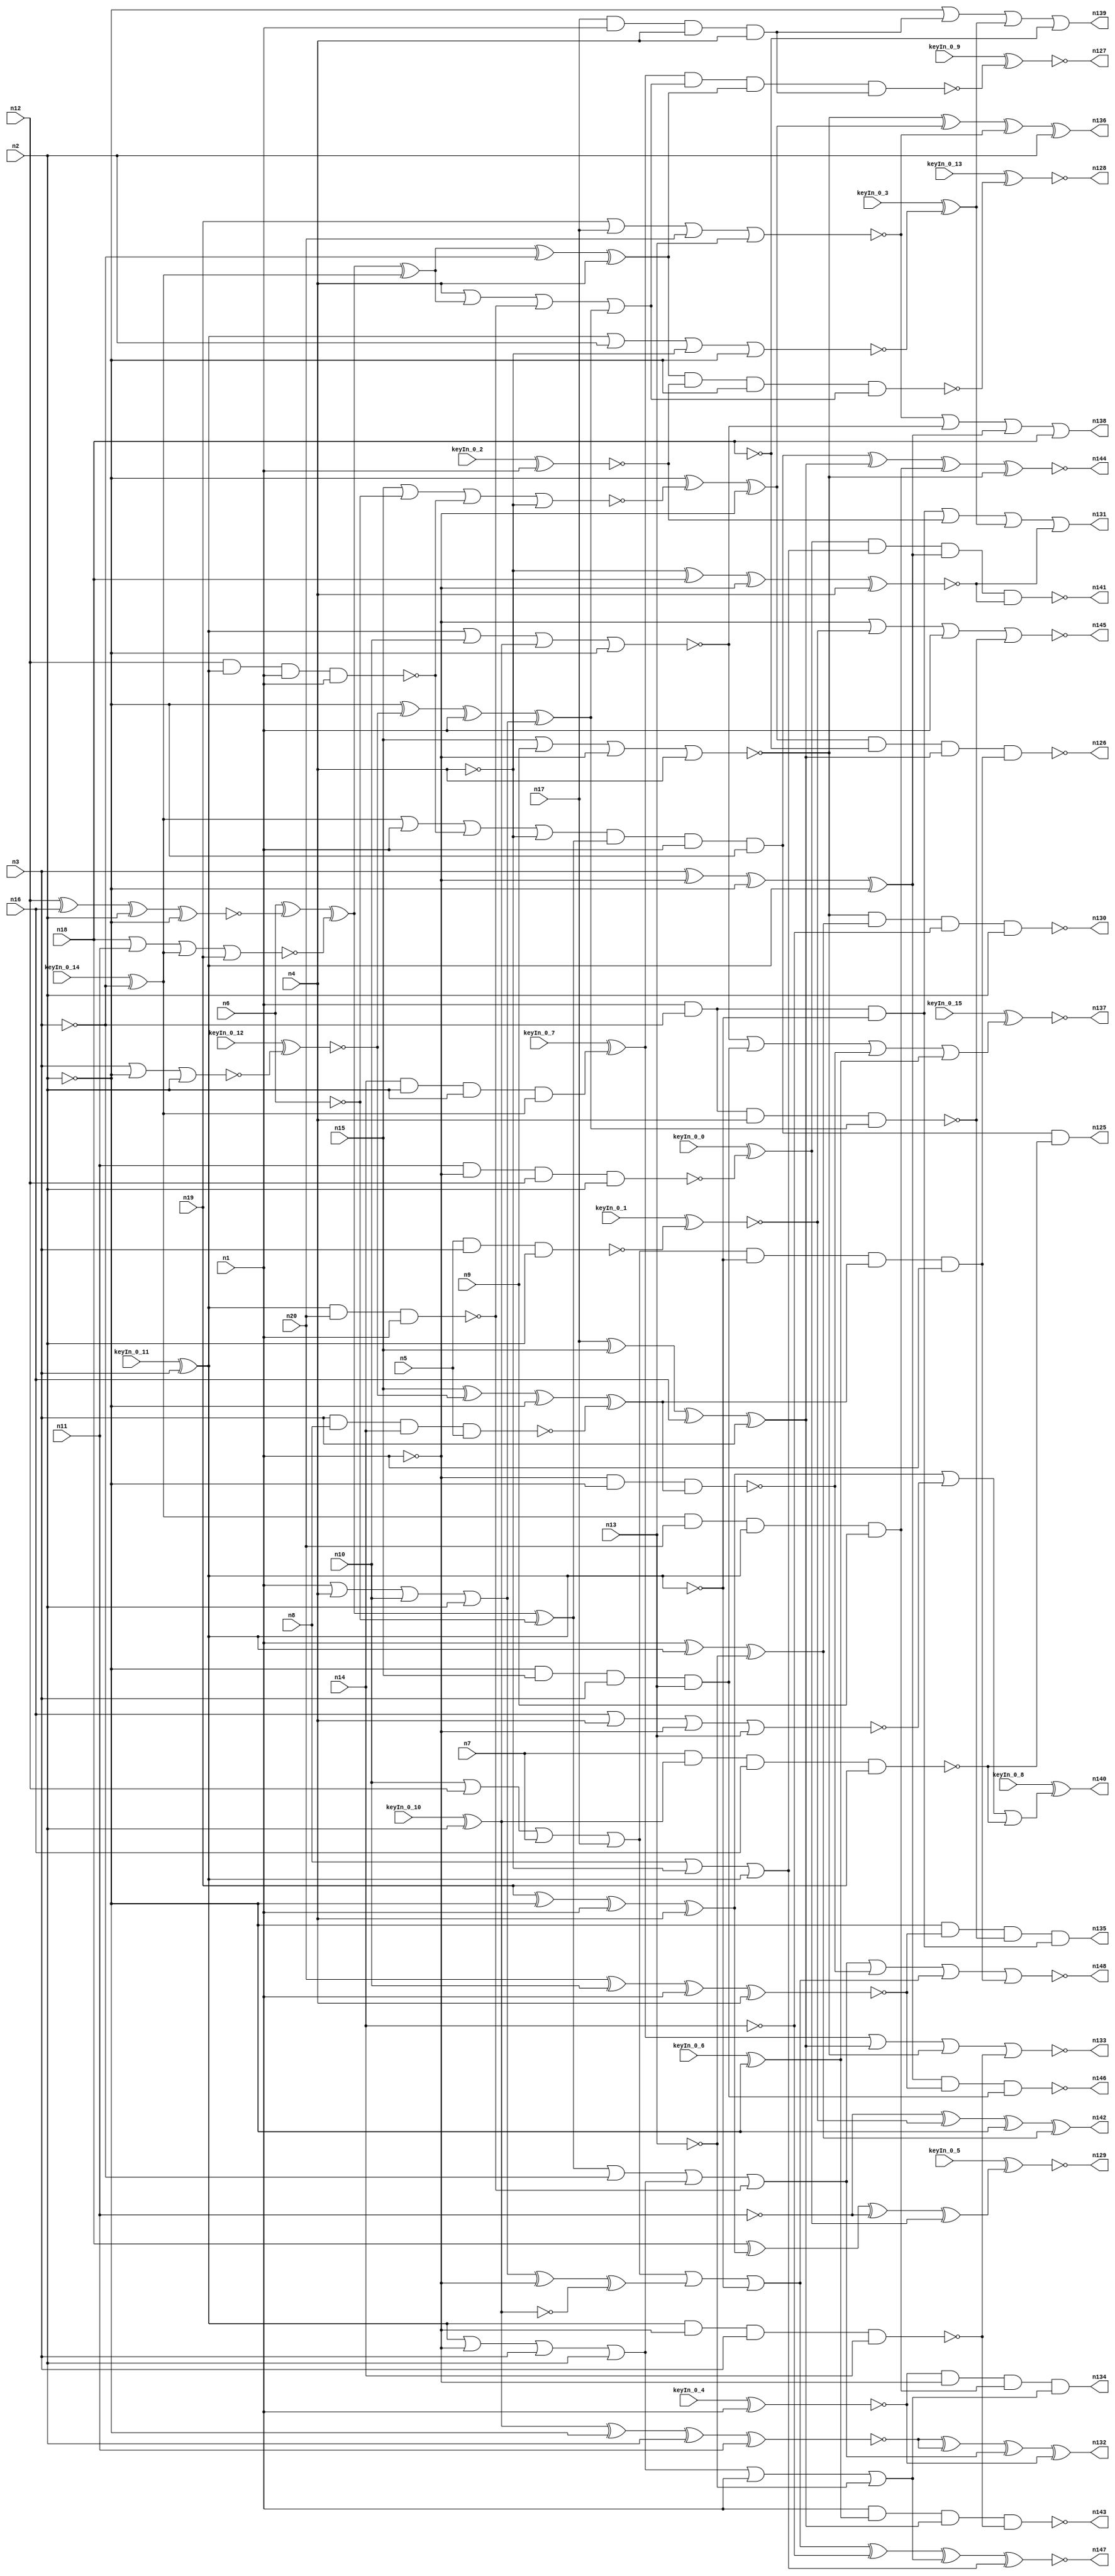


module Stat_128_636
(
  n1,
  n2,
  n3,
  n4,
  n5,
  n6,
  n7,
  n8,
  n9,
  n10,
  n11,
  n12,
  n13,
  n14,
  n15,
  n16,
  n17,
  n18,
  n19,
  n20,
  n144,
  n135,
  n134,
  n129,
  n126,
  n147,
  n138,
  n136,
  n139,
  n140,
  n125,
  n137,
  n146,
  n142,
  n132,
  n127,
  n130,
  n143,
  n145,
  n133,
  n141,
  n148,
  n131,
  n128,
  keyIn_0_0,
  keyIn_0_1,
  keyIn_0_2,
  keyIn_0_3,
  keyIn_0_4,
  keyIn_0_5,
  keyIn_0_6,
  keyIn_0_7,
  keyIn_0_8,
  keyIn_0_9,
  keyIn_0_10,
  keyIn_0_11,
  keyIn_0_12,
  keyIn_0_13,
  keyIn_0_14,
  keyIn_0_15
);

  input n1;
  input n2;
  input n3;
  input n4;
  input n5;
  input n6;
  input n7;
  input n8;
  input n9;
  input n10;
  input n11;
  input n12;
  input n13;
  input n14;
  input n15;
  input n16;
  input n17;
  input n18;
  input n19;
  input n20;
  input keyIn_0_0;
  input keyIn_0_1;
  input keyIn_0_2;
  input keyIn_0_3;
  input keyIn_0_4;
  input keyIn_0_5;
  input keyIn_0_6;
  input keyIn_0_7;
  input keyIn_0_8;
  input keyIn_0_9;
  input keyIn_0_10;
  input keyIn_0_11;
  input keyIn_0_12;
  input keyIn_0_13;
  input keyIn_0_14;
  input keyIn_0_15;
  output n144;
  output n135;
  output n134;
  output n129;
  output n126;
  output n147;
  output n138;
  output n136;
  output n139;
  output n140;
  output n125;
  output n137;
  output n146;
  output n142;
  output n132;
  output n127;
  output n130;
  output n143;
  output n145;
  output n133;
  output n141;
  output n148;
  output n131;
  output n128;
  wire n21;
  wire n22;
  wire n23;
  wire n24;
  wire n25;
  wire n26;
  wire n27;
  wire n28;
  wire n29;
  wire n30;
  wire n31;
  wire n32;
  wire n33;
  wire n34;
  wire n35;
  wire n36;
  wire n37;
  wire n38;
  wire n39;
  wire n40;
  wire n41;
  wire n42;
  wire n43;
  wire n44;
  wire n45;
  wire n46;
  wire n47;
  wire n48;
  wire n49;
  wire n50;
  wire n51;
  wire n52;
  wire n53;
  wire n54;
  wire n55;
  wire n56;
  wire n57;
  wire n58;
  wire n59;
  wire n60;
  wire n61;
  wire n62;
  wire n63;
  wire n64;
  wire n65;
  wire n66;
  wire n67;
  wire n68;
  wire n69;
  wire n70;
  wire n71;
  wire n72;
  wire n73;
  wire n74;
  wire n75;
  wire n76;
  wire n77;
  wire n78;
  wire n79;
  wire n80;
  wire n81;
  wire n82;
  wire n83;
  wire n84;
  wire n85;
  wire n86;
  wire n87;
  wire n88;
  wire n89;
  wire n90;
  wire n91;
  wire n92;
  wire n93;
  wire n94;
  wire n95;
  wire n96;
  wire n97;
  wire n98;
  wire n99;
  wire n100;
  wire n101;
  wire n102;
  wire n103;
  wire n104;
  wire n105;
  wire n106;
  wire n107;
  wire n108;
  wire n109;
  wire n110;
  wire n111;
  wire n112;
  wire n113;
  wire n114;
  wire n115;
  wire n116;
  wire n117;
  wire n118;
  wire n119;
  wire n120;
  wire n121;
  wire n122;
  wire n123;
  wire n124;
  wire KeyWire_0_0;
  wire KeyWire_0_1;
  wire KeyWire_0_2;
  wire KeyNOTWire_0_2;
  wire KeyWire_0_3;
  wire KeyWire_0_4;
  wire KeyNOTWire_0_4;
  wire KeyWire_0_5;
  wire KeyNOTWire_0_5;
  wire KeyWire_0_6;
  wire KeyWire_0_7;
  wire KeyWire_0_8;
  wire KeyNOTWire_0_8;
  wire KeyWire_0_9;
  wire KeyNOTWire_0_9;
  wire KeyWire_0_10;
  wire KeyWire_0_11;
  wire KeyNOTWire_0_11;
  wire KeyWire_0_12;
  wire KeyNOTWire_0_12;
  wire KeyWire_0_13;
  wire KeyWire_0_14;
  wire KeyNOTWire_0_14;
  wire KeyWire_0_15;
  wire KeyNOTWire_0_15;

  buf
  g0
  (
    n24,
    n2
  );


  buf
  g1
  (
    n25,
    n3
  );


  not
  g2
  (
    n27,
    n1
  );


  buf
  g3
  (
    n21,
    n4
  );


  buf
  g4
  (
    n23,
    n2
  );


  not
  g5
  (
    n22,
    n1
  );


  buf
  g6
  (
    KeyWire_0_11,
    n3
  );


  not
  g7
  (
    n41,
    n27
  );


  buf
  g8
  (
    n49,
    n21
  );


  buf
  g9
  (
    n32,
    n22
  );


  buf
  g10
  (
    n47,
    n25
  );


  buf
  g11
  (
    n31,
    n25
  );


  buf
  g12
  (
    n30,
    n24
  );


  not
  g13
  (
    n34,
    n26
  );


  not
  g14
  (
    n51,
    n22
  );


  not
  g15
  (
    n33,
    n22
  );


  not
  g16
  (
    n38,
    n24
  );


  not
  g17
  (
    n35,
    n26
  );


  buf
  g18
  (
    n29,
    n27
  );


  not
  g19
  (
    n28,
    n27
  );


  buf
  g20
  (
    n52,
    n26
  );


  not
  g21
  (
    n50,
    n25
  );


  not
  g22
  (
    KeyWire_0_14,
    n25
  );


  not
  g23
  (
    n42,
    n23
  );


  not
  g24
  (
    n48,
    n26
  );


  buf
  g25
  (
    n37,
    n24
  );


  buf
  g26
  (
    n46,
    n21
  );


  buf
  g27
  (
    n36,
    n24
  );


  buf
  g28
  (
    n44,
    n21
  );


  not
  g29
  (
    n39,
    n23
  );


  not
  g30
  (
    n45,
    n21
  );


  buf
  g31
  (
    KeyWire_0_10,
    n23
  );


  not
  g32
  (
    n54,
    n23
  );


  not
  g33
  (
    n53,
    n22
  );


  not
  g34
  (
    n80,
    n18
  );


  buf
  g35
  (
    n62,
    n6
  );


  not
  g36
  (
    n69,
    n41
  );


  buf
  g37
  (
    n91,
    n39
  );


  not
  g38
  (
    n61,
    n44
  );


  not
  g39
  (
    n64,
    n6
  );


  not
  g40
  (
    n82,
    n14
  );


  buf
  g41
  (
    n59,
    n43
  );


  buf
  g42
  (
    n79,
    n37
  );


  buf
  g43
  (
    n58,
    n15
  );


  not
  g44
  (
    n68,
    n40
  );


  buf
  g45
  (
    KeyWire_0_6,
    n42
  );


  not
  g46
  (
    n70,
    n13
  );


  buf
  g47
  (
    n66,
    n41
  );


  not
  g48
  (
    n83,
    n33
  );


  not
  g49
  (
    KeyWire_0_4,
    n29
  );


  not
  g50
  (
    n65,
    n36
  );


  buf
  g51
  (
    n74,
    n33
  );


  not
  g52
  (
    n99,
    n11
  );


  buf
  g53
  (
    n86,
    n38
  );


  buf
  g54
  (
    n78,
    n18
  );


  buf
  g55
  (
    KeyWire_0_2,
    n28
  );


  nand
  g56
  (
    KeyWire_0_1,
    n5,
    n31,
    n36
  );


  nand
  g57
  (
    n95,
    n35,
    n32,
    n31,
    n14
  );


  nor
  g58
  (
    n85,
    n19,
    n17,
    n20,
    n13
  );


  xor
  g59
  (
    n102,
    n47,
    n29,
    n39,
    n35
  );


  xor
  g60
  (
    n101,
    n19,
    n42,
    n28,
    n46
  );


  nor
  g61
  (
    n84,
    n48,
    n10,
    n40,
    n39
  );


  nor
  g62
  (
    KeyWire_0_3,
    n34,
    n37,
    n45,
    n42
  );


  nand
  g63
  (
    KeyWire_0_0,
    n11,
    n29,
    n12,
    n30
  );


  nand
  g64
  (
    n71,
    n35,
    n34,
    n20,
    n33
  );


  nor
  g65
  (
    n88,
    n16,
    n46,
    n32,
    n13
  );


  nor
  g66
  (
    n63,
    n18,
    n11,
    n43,
    n19
  );


  and
  g67
  (
    n98,
    n43,
    n20,
    n34,
    n9
  );


  xor
  g68
  (
    n103,
    n17,
    n15,
    n16,
    n31
  );


  or
  g69
  (
    n73,
    n10,
    n12,
    n7,
    n17
  );


  and
  g70
  (
    KeyWire_0_7,
    n14,
    n36,
    n37,
    n43
  );


  or
  g71
  (
    n93,
    n8,
    n45,
    n35
  );


  xnor
  g72
  (
    n77,
    n20,
    n10,
    n41,
    n44
  );


  and
  g73
  (
    n87,
    n17,
    n28,
    n44,
    n46
  );


  and
  g74
  (
    n97,
    n39,
    n15,
    n47,
    n13
  );


  or
  g75
  (
    n72,
    n48,
    n29,
    n47,
    n30
  );


  nand
  g76
  (
    n56,
    n12,
    n34,
    n28,
    n41
  );


  nand
  g77
  (
    n55,
    n31,
    n8,
    n14,
    n5
  );


  or
  g78
  (
    n67,
    n33,
    n46,
    n10,
    n36
  );


  nand
  g79
  (
    n104,
    n7,
    n40,
    n16,
    n19
  );


  xnor
  g80
  (
    n75,
    n45,
    n18,
    n32,
    n4
  );


  xnor
  g81
  (
    n96,
    n40,
    n38,
    n37,
    n11
  );


  xnor
  g82
  (
    n57,
    n12,
    n16,
    n30,
    n42
  );


  nor
  g83
  (
    KeyWire_0_12,
    n47,
    n38,
    n30
  );


  nor
  g84
  (
    n105,
    n15,
    n9,
    n32,
    n44
  );


  xor
  g85
  (
    n108,
    n62,
    n57,
    n63,
    n64
  );


  or
  g86
  (
    n107,
    n59,
    n66,
    n56,
    n61
  );


  xor
  g87
  (
    n112,
    n65,
    n60,
    n66,
    n67
  );


  xor
  g88
  (
    n109,
    n58,
    n60,
    n65,
    n55
  );


  xor
  g89
  (
    n110,
    n57,
    n62,
    n63,
    n59
  );


  xor
  g90
  (
    n106,
    n67,
    n27,
    n68
  );


  nor
  g91
  (
    n111,
    n58,
    n64,
    n56,
    n61
  );


  and
  g92
  (
    n124,
    n73,
    n52,
    n109,
    n53
  );


  or
  g93
  (
    n119,
    n108,
    n50,
    n72,
    n71
  );


  or
  g94
  (
    n113,
    n49,
    n110,
    n71,
    n112
  );


  xor
  g95
  (
    n114,
    n54,
    n111,
    n69
  );


  nand
  g96
  (
    n120,
    n51,
    n50,
    n49,
    n112
  );


  nand
  g97
  (
    n118,
    n69,
    n54,
    n109
  );


  and
  g98
  (
    n115,
    n51,
    n51,
    n50,
    n52
  );


  or
  g99
  (
    n122,
    n73,
    n106,
    n52
  );


  or
  g100
  (
    n116,
    n72,
    n53,
    n70
  );


  xor
  g101
  (
    n123,
    n53,
    n48,
    n70
  );


  xor
  g102
  (
    n117,
    n110,
    n50,
    n49
  );


  and
  g103
  (
    n121,
    n107,
    n108,
    n51,
    n54
  );


  xnor
  g104
  (
    n147,
    n122,
    n82,
    n116,
    n93
  );


  nand
  g105
  (
    n141,
    n94,
    n93,
    n102,
    n75
  );


  nand
  g106
  (
    n130,
    n105,
    n123,
    n82,
    n79
  );


  nor
  g107
  (
    n148,
    n119,
    n118,
    n122,
    n124
  );


  or
  g108
  (
    n131,
    n115,
    n92,
    n90,
    n75
  );


  or
  g109
  (
    n138,
    n85,
    n84,
    n102,
    n78
  );


  nor
  g110
  (
    n145,
    n83,
    n89,
    n74,
    n120
  );


  xor
  g111
  (
    n136,
    n105,
    n114,
    n85,
    n79
  );


  xor
  g112
  (
    KeyWire_0_5,
    n78,
    n101,
    n99,
    n94
  );


  nand
  g113
  (
    n146,
    n102,
    n102,
    n77,
    n97
  );


  xor
  g114
  (
    n142,
    n99,
    n89,
    n86,
    n123
  );


  nor
  g115
  (
    n133,
    n81,
    n103,
    n105,
    n95
  );


  and
  g116
  (
    n134,
    n100,
    n83,
    n98,
    n116
  );


  nand
  g117
  (
    n126,
    n114,
    n80,
    n103,
    n124
  );


  xor
  g118
  (
    n132,
    n96,
    n96,
    n119,
    n100
  );


  nand
  g119
  (
    KeyWire_0_13,
    n117,
    n92,
    n86,
    n113
  );


  nand
  g120
  (
    n143,
    n74,
    n76,
    n103,
    n95
  );


  and
  g121
  (
    n135,
    n91,
    n77,
    n120,
    n115
  );


  and
  g122
  (
    n125,
    n121,
    n104
  );


  nand
  g123
  (
    KeyWire_0_9,
    n81,
    n113,
    n117,
    n87
  );


  or
  g124
  (
    KeyWire_0_15,
    n84,
    n97,
    n118,
    n76
  );


  or
  g125
  (
    KeyWire_0_8,
    n101,
    n88,
    n104
  );


  xnor
  g126
  (
    n144,
    n121,
    n103,
    n98,
    n105
  );


  or
  g127
  (
    n139,
    n91,
    n87,
    n90,
    n80
  );


  xor
  KeyGate_0_0
  (
    n94,
    keyIn_0_0,
    KeyWire_0_0
  );


  xnor
  KeyGate_0_1
  (
    n89,
    keyIn_0_1,
    KeyWire_0_1
  );


  xor
  KeyGate_0_2
  (
    KeyNOTWire_0_2,
    keyIn_0_2,
    KeyWire_0_2
  );


  not
  KeyNOTGate_0_2
  (
    n92,
    KeyNOTWire_0_2
  );


  xor
  KeyGate_0_3
  (
    n90,
    keyIn_0_3,
    KeyWire_0_3
  );


  xor
  KeyGate_0_4
  (
    KeyNOTWire_0_4,
    keyIn_0_4,
    KeyWire_0_4
  );


  not
  KeyNOTGate_0_4
  (
    n100,
    KeyNOTWire_0_4
  );


  xor
  KeyGate_0_5
  (
    KeyNOTWire_0_5,
    keyIn_0_5,
    KeyWire_0_5
  );


  not
  KeyNOTGate_0_5
  (
    n129,
    KeyNOTWire_0_5
  );


  xor
  KeyGate_0_6
  (
    n76,
    keyIn_0_6,
    KeyWire_0_6
  );


  xor
  KeyGate_0_7
  (
    n81,
    keyIn_0_7,
    KeyWire_0_7
  );


  xnor
  KeyGate_0_8
  (
    KeyNOTWire_0_8,
    keyIn_0_8,
    KeyWire_0_8
  );


  not
  KeyNOTGate_0_8
  (
    n140,
    KeyNOTWire_0_8
  );


  xor
  KeyGate_0_9
  (
    KeyNOTWire_0_9,
    keyIn_0_9,
    KeyWire_0_9
  );


  not
  KeyNOTGate_0_9
  (
    n127,
    KeyNOTWire_0_9
  );


  xor
  KeyGate_0_10
  (
    n40,
    keyIn_0_10,
    KeyWire_0_10
  );


  xor
  KeyGate_0_11
  (
    KeyNOTWire_0_11,
    keyIn_0_11,
    KeyWire_0_11
  );


  not
  KeyNOTGate_0_11
  (
    n26,
    KeyNOTWire_0_11
  );


  xor
  KeyGate_0_12
  (
    KeyNOTWire_0_12,
    keyIn_0_12,
    KeyWire_0_12
  );


  not
  KeyNOTGate_0_12
  (
    n60,
    KeyNOTWire_0_12
  );


  xnor
  KeyGate_0_13
  (
    n128,
    keyIn_0_13,
    KeyWire_0_13
  );


  xnor
  KeyGate_0_14
  (
    KeyNOTWire_0_14,
    keyIn_0_14,
    KeyWire_0_14
  );


  not
  KeyNOTGate_0_14
  (
    n43,
    KeyNOTWire_0_14
  );


  xor
  KeyGate_0_15
  (
    KeyNOTWire_0_15,
    keyIn_0_15,
    KeyWire_0_15
  );


  not
  KeyNOTGate_0_15
  (
    n137,
    KeyNOTWire_0_15
  );


endmodule